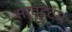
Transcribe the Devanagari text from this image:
सर्व्हटस